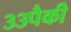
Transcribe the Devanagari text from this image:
३३पैकी